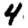
Digit: 4